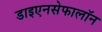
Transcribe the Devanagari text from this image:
डाइएनसेफालॉन